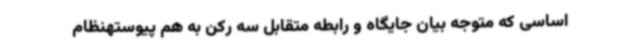
اساسی که متوجه بیان جایگاه و رابطه متقابل سه رکن به هم پیوستهنظام